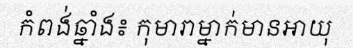
កំពង់ឆ្នាំង៖ កុមារាម្នាក់មានអាយុ